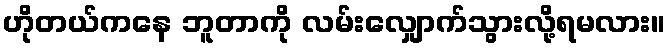
ဟိုတယ်ကနေ ဘူတာကို လမ်းလျှောက်သွားလို့ရမလား။